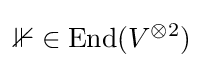
\mathbb {1} \in \operatorname {End} (V^{\otimes 2})